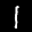
Label: 1